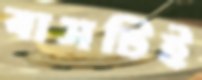
বাসটিই